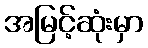
အမြင့်ဆုံးမှာ